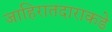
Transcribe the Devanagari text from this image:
जाहिरातदाराकडे